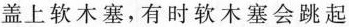
盖上软木塞，有时软木塞会跳起